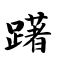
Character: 躇